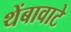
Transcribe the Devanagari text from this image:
थेंबावाटे